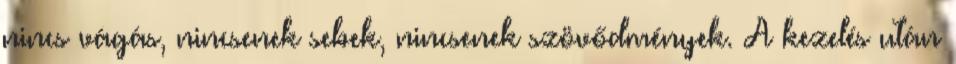
nincs vágás, nincsenek sebek, nincsenek szövődmények. A kezelés után